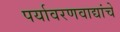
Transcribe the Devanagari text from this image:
पर्यावरणवाद्यांचे